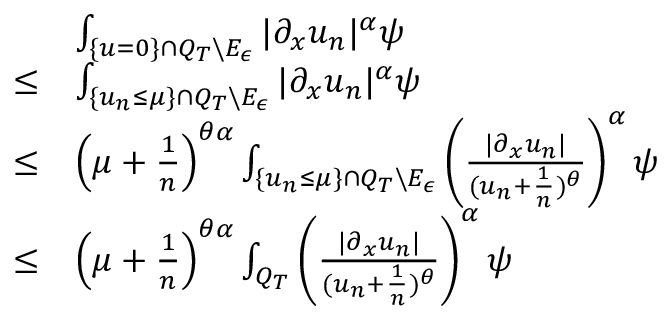
\begin{array} { r l } & { \int _ { \{ u = 0 \} \cap Q _ { T } \backslash E _ { \epsilon } } | \partial _ { x } u _ { n } | ^ { \alpha } \psi } \\ { \leq } & { \int _ { \{ u _ { n } \leq \mu \} \cap Q _ { T } \backslash E _ { \epsilon } } | \partial _ { x } u _ { n } | ^ { \alpha } \psi } \\ { \leq } & { \left( \mu + \frac { 1 } { n } \right) ^ { \theta \alpha } \int _ { \{ u _ { n } \leq \mu \} \cap Q _ { T } \backslash E _ { \epsilon } } \left( \frac { | \partial _ { x } u _ { n } | } { ( u _ { n } + \frac { 1 } { n } ) ^ { \theta } } \right) ^ { \alpha } \psi } \\ { \leq } & { \left( \mu + \frac { 1 } { n } \right) ^ { \theta \alpha } \int _ { Q _ { T } } \left( \frac { | \partial _ { x } u _ { n } | } { ( u _ { n } + \frac { 1 } { n } ) ^ { \theta } } \right) ^ { \alpha } \psi } \end{array}